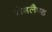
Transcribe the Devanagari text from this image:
गेंगलैण्ड